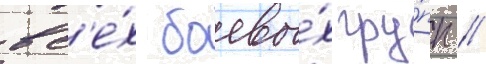
вс'е́х боевы́х гру́пп //